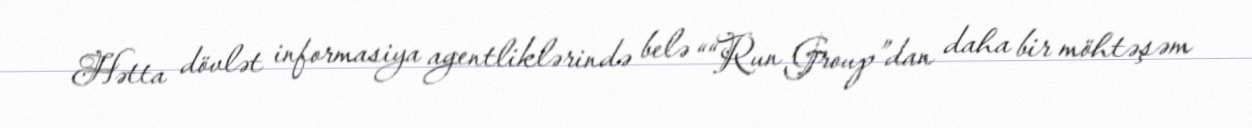
Hətta dövlət informasiya agentliklərində belə ““Run Group”dan daha bir möhtəşəm